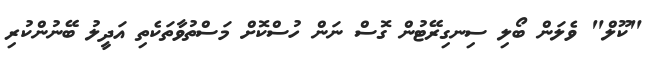
"ކޫލް" ވެލަން ބޯލި ސިނގިރޭޓުން ގޮސް ނަން ހުސްކޮށް މަސްތުވާތަކެތި އަދީލު ބޭނުންކުރި